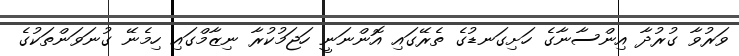
ވަރުވާ ގުރުދާ އިންސާނާގެ ހަށިގަނޑުގެ ތެރޭގައި އޮންނަނީ ހަޖަމުކުރާ ނިޒާމްގައި ހިމެނޭ ގުނަވަންތަކުގެ